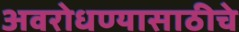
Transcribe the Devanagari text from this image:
अवरोधण्यासाठीचे